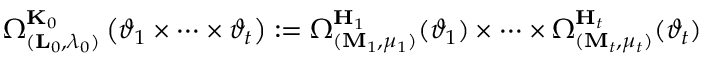
\Omega _ { ( { \mathbf { L } } _ { 0 } , \lambda _ { 0 } ) } ^ { { \mathbf { K } } _ { 0 } } \left( \vartheta _ { 1 } \times \dots \times \vartheta _ { t } \right) : = \Omega _ { ( { \mathbf { M } } _ { 1 } , \mu _ { 1 } ) } ^ { { \mathbf { H } } _ { 1 } } ( \vartheta _ { 1 } ) \times \dots \times \Omega _ { ( { \mathbf { M } } _ { t } , \mu _ { t } ) } ^ { { \mathbf { H } } _ { t } } ( \vartheta _ { t } )